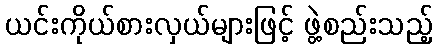
ယင်းကိုယ်စားလှယ်များဖြင့် ဖွဲ့စည်းသည့်